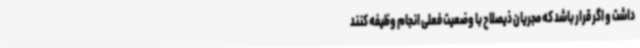
داشت و اگر قرار باشد که مجریان ذیصلاح با وضعیت فعلی انجام وظیفه کنند